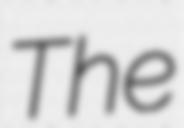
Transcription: The